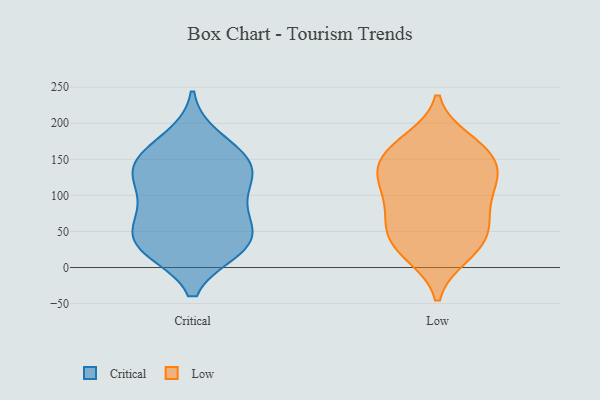
{"axis": {"x": "Market Share (%)", "y": "Value"}, "legend": ["Critical", "Low"], "data": [{"x": "", "y": 144, "type": "Critical"}, {"x": "", "y": 83, "type": "Critical"}, {"x": "", "y": 158, "type": "Critical"}, {"x": "", "y": 120, "type": "Critical"}, {"x": "", "y": 67, "type": "Critical"}, {"x": "", "y": 178, "type": "Critical"}, {"x": "", "y": 79, "type": "Critical"}, {"x": "", "y": 30, "type": "Critical"}, {"x": "", "y": 28, "type": "Critical"}, {"x": "", "y": 147, "type": "Critical"}, {"x": "", "y": 130, "type": "Critical"}, {"x": "", "y": 40, "type": "Critical"}, {"x": "", "y": 126, "type": "Critical"}, {"x": "", "y": 26, "type": "Critical"}, {"x": "", "y": 35, "type": "Critical"}, {"x": "", "y": 77, "type": "Low"}, {"x": "", "y": 52, "type": "Low"}, {"x": "", "y": 44, "type": "Low"}, {"x": "", "y": 154, "type": "Low"}, {"x": "", "y": 17, "type": "Low"}, {"x": "", "y": 123, "type": "Low"}, {"x": "", "y": 17, "type": "Low"}, {"x": "", "y": 131, "type": "Low"}, {"x": "", "y": 118, "type": "Low"}, {"x": "", "y": 115, "type": "Low"}, {"x": "", "y": 166, "type": "Low"}, {"x": "", "y": 125, "type": "Low"}, {"x": "", "y": 176, "type": "Low"}, {"x": "", "y": 50, "type": "Low"}, {"x": "", "y": 167, "type": "Low"}, {"x": "", "y": 88, "type": "Low"}, {"x": "", "y": 155, "type": "Low"}, {"x": "", "y": 75, "type": "Low"}, {"x": "", "y": 31, "type": "Low"}]}